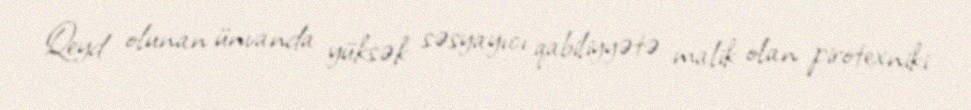
Qeyd olunan ünvanda yüksək səsyayıcı qabiliyyətə malik olan pirotexniki